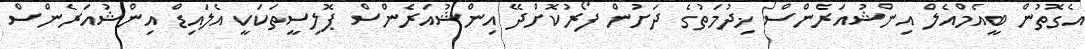
އެގޮތުން ބީއެމްއެލް އިންޝުއަރެންސް ޚިދުމަތުގެ ދަށުން ފޯރުކޮށްދޭ އިންޝުއަރެންސް ޕޮލިސީތަކަކީ އެލައިޑް އިންޝުއަރެންސް